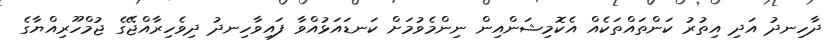
ދާހިނދު އަދި އިތުރު ކަންތައްތަކެއް އެކޮމިޝަންއިން ނިންމެވުމަށް ކަނޑައަޅުއްވާ ފައިވާހިނދު ދިވެހިރާއްޖޭގެ ޖުމްހޫރިއްޔާގެ